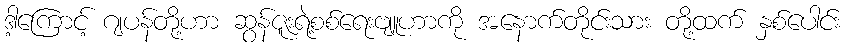
ဒါ့ကြောင့် ဂျပန်တို့ဟာ ဆွန်ဇူးရဲ့စစ်ရေးဗျူဟာကို အနောက်တိုင်းသား တို့ထက် နှစ်ပေါင်း